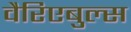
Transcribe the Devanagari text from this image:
वैरिएबुल्स